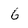
Character: 6